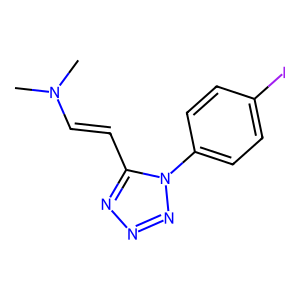
SMILES: CN(C)C=Cc1nnnn1-c1ccc(I)cc1
Inhibits HIV replication: No